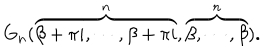
LaTeX: G _ { n } ( \overbrace { \beta + \pi i , \cdots , \beta + \pi i } ^ { n } , \overbrace { \beta , \cdots , \beta } ^ { n } ) .